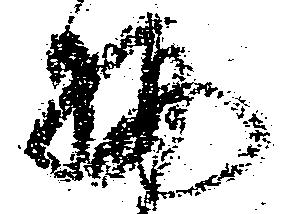
柄